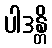
ပါဒန္တိ